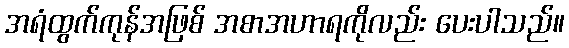
အရံထွက်ကုန်အဖြစ် အစာအဟာရကိုလည်း ပေးပါသည်။